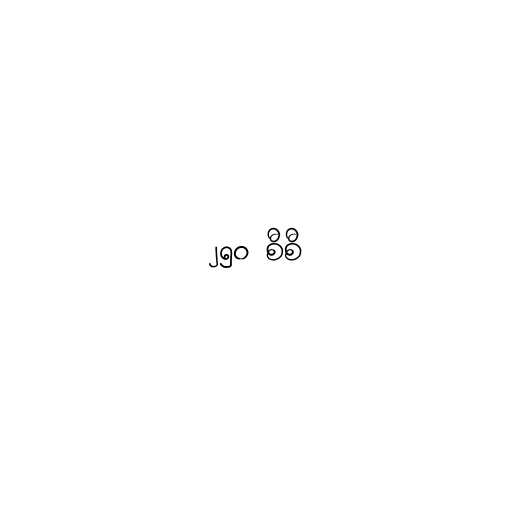
၂၅၀ စီစီ